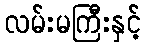
လမ်းမကြီးနှင့်